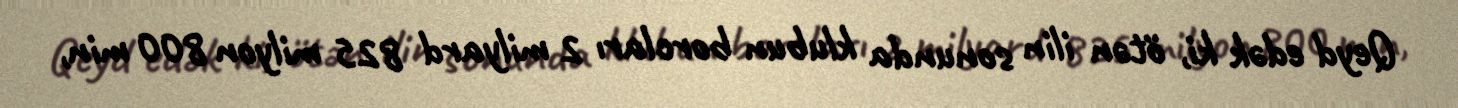
Qeyd edək ki, ötən ilin sonunda klubun borcları 2 milyard 825 milyon 800 min,